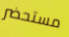
مستحضر